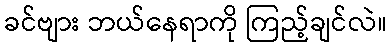
ခင်ဗျား ဘယ်နေရာကို ကြည့်ချင်လဲ။